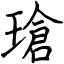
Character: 瑲